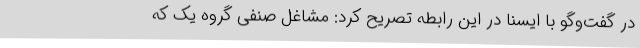
در گفت‌وگو با ایسنا در این رابطه تصریح کرد: مشاغل صنفی گروه یک که